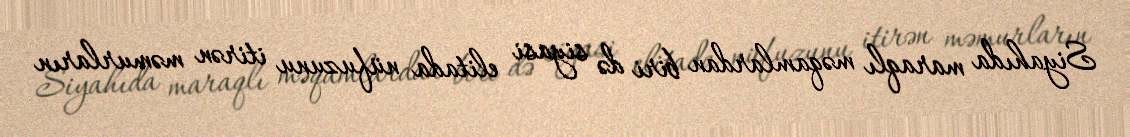
Siyahıda maraqlı məqamlardan biri də siyasi elitada nüfuzunu itirən məmurların